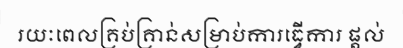
រយៈពេលគ្រប់គ្រាន់សម្រាប់ការធ្វើការ ផ្តល់